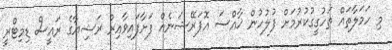
މި ހަމަލާތައް ތަހުގީގުކުރުމަށް ފުލުހުން ޚާއްސަ އޮޕަރޭޝަނެއް ފަށާފައިވާއިރު ރަޝިޔާގެ ރައީސް ޑިމިޓްރީ